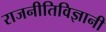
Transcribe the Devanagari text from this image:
राजनीतिविज्ञानी